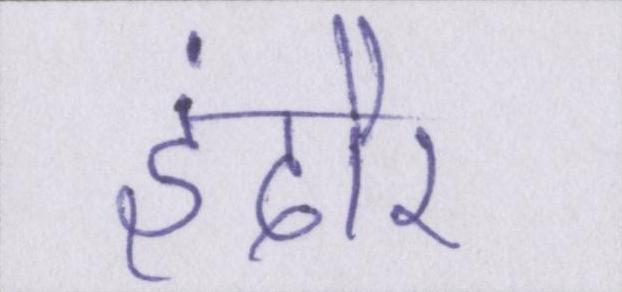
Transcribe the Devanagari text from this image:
इंदौर